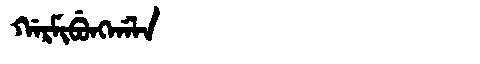
Manchu: ᡤᠠᡵᠮᡳᠪᡠᠩᡤᠠᠯᠠ
Romanization: GARMIBUNGGALA